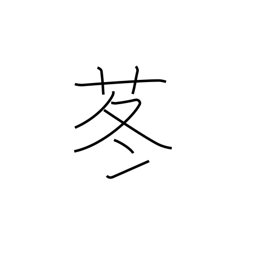
Meaning: butterbur